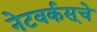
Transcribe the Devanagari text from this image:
नेटवर्कस्‌चे